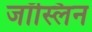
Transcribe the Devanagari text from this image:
जॉस्लिन